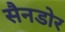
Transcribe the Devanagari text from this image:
सैनडोर